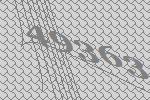
49363